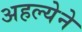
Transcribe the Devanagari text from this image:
अहल्येने